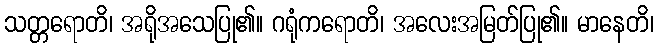
သတ္တရောတိ၊ အရိုအသေပြု၏။ ဂရုံကရောတိ၊ အလေးအမြတ်ပြု၏။ မာနေတိ၊